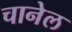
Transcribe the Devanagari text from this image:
चानेल